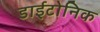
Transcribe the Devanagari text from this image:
डाईटोनिक